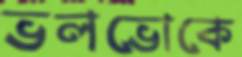
ভলভোকে